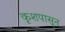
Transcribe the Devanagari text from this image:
कृशपासून